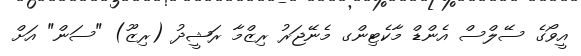
އީވޯގެ ސޭލްސް އެންޑް މާކެޓިންގ މެނޭޖަރު ރިޒްމާ ރަޝީދު (ރިޒޫ) "ސަން" އަށް